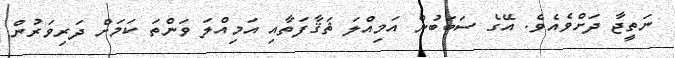
ނަތީޖާ ދަށްވެއެވެ. އޭގެ ސަބަބުން އަމިއްލަ ޘަޤާފަތާއި އަމިއްލަ ވަންތަ ކަމަށް ދަރިވަރުން